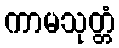
ကာမသုတ္တံ